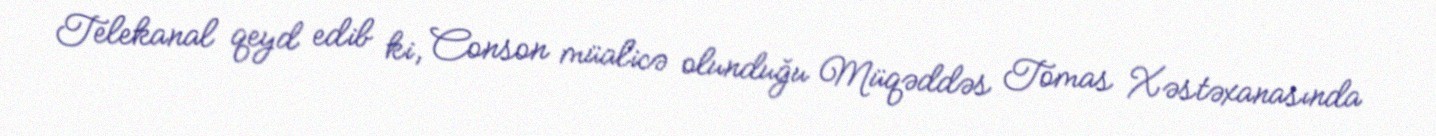
Telekanal qeyd edib ki, Conson müalicə olunduğu Müqəddəs Tomas Xəstəxanasında